Bombay plague: being a history of the progress of plague in the Bombay presidency from September 1896 to June 1899
Year: 1896
Disease focus: Plague
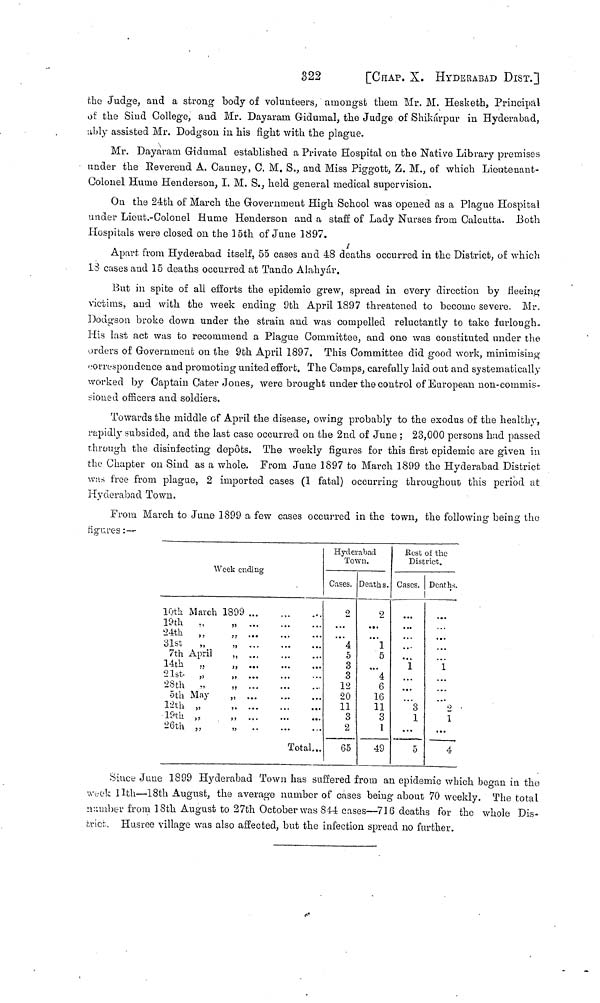
322
[CHAP. X. HYDERABAD DIST.]
the Judge, and a strong body of volunteers, amongst them Mr. M. Hesketh, Principal
of the Siud College, and Mr. Dayararn Gidumal, the Judge of Shikárpur in Hyderabad,
ably assisted Mr. Dodgson in his fight with the plague.
Mr. Dayaram Gidumal established a Private Hospital on the Native Library premises
under the Reverend A. Cauney, C. M. S., and Miss Piggott, Z. M., of which Lieuteuant-
Golouel Hume Henderson, I. M. S., held general medical supervision.
On the 24th of March the Government High School was opened as a Plague Hospital
under Licut.-Colonel Hume Henderson and a staff of Lady Nurses from Calcutta. Both
Hospitals were closed on the 15th of June 1897.
Apart from Hyderabad itself, 55 cases and 48 deaths occurred in the District, of which
13 cases and 15 deaths occurred at Tando Alahyár,
But in spite of all efforts the epidemic grew, spread in every direction by fleeing
victims, and with the week ending 9th April 1897 threatened to become severe. Mr.
Dodgson broke down under the strain and was compelled reluctantly to take furlough.
His last act was to recommend a Plague Committee, and one was constituted under the
orders of Government on the 9bh April 1897. This Committee did good work, minimising
correspondence and promoting united effort. The Camps, carefully laid out and systematically
worked by Captain Cater Joues, were brought under the control of European non-commis-
sioned officers and soldiers.
Towards the middle of April the disease, owing probably to the exodus of the healthy,
rapidly subsided, and the last case occurred on the 2nd of June ; 23,000 persons had passed
through the disinfecting depots. The weekly figures for this first epidemic are given in
the Chapter on Sind as a whole. From June 1897 to March 1899 the Hyderabad District
was free from plague, 2 imported cases (1 fatal) occurring throughout this period at
Hyderabad Town.
From March to June 1899 a few cases occurred in the town, the following being the
figures:—
Week ending
10th March 1899 ...
19th
„
„
24th
„
„ ...
31st
„
„
...
...
...
7th April
,,
14th
„
„ ...
21st
„
„
28th
.,
,,
5th May
„
12th „
19th „
„
26th „
„
Total...
Hyderabad
Town.
Cases.
2
4
5
3
3
12
20
11
3
2
65
Deaths.
2
1
5
...
4
6
16
11
3
1
49
Best of the
District.
Cases.
...
...
1
. . .
.«•
3
1
...
5
Deaths.
• * .
1
* . .
2
I
...
4
Since June 1899 Hyderabad Town has suffered from an epidemic which began in the
week 11th—18th August, the average number of cases being about 70 weekly. The total
number from 18th August to 27th October was 814 cases—716 deaths for the whole Dis-
trict. Husree village was also affected, but the infection spread no further.